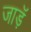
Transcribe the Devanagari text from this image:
जाड़ॅ